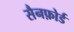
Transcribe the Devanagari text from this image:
सैनफ़ोर्ड